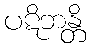
ပဋိဘန္တိ